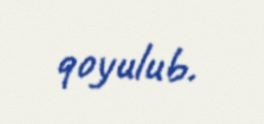
qoyulub.